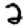
Digit: 2